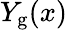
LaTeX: Y_{\mathrm{g}}(x)